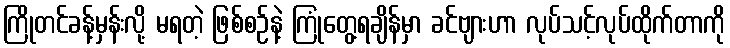
ကြိုတင်ခန့်မှန်းလို့ မရတဲ့ ဖြစ်စဉ်နဲ့ ကြုံတွေ့ရချိန်မှာ ခင်ဗျားဟာ လုပ်သင့်လုပ်ထိုက်တာကို